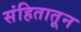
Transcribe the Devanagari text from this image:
संहितातून